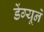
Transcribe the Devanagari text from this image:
डेंग्यूने